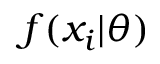
f ( x _ { i } | \theta )